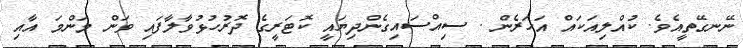
ނޭނގޭތީއެވެ. ކުއްލިއަކައް އަހަރެން . ސިއްސައިގެންދިޔައީ ކޮޓަރީގެ ދޮރުހުޅުވާލާފައި ވަން މަންމަ އާއި